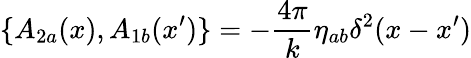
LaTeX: \{ A_{2a}(x),A_{1b}(x^{\prime})\} =-\frac{4\pi}{k}\eta_{ab}\delta^{2}(x-x^{\prime})